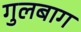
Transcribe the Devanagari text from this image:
गुलबाग